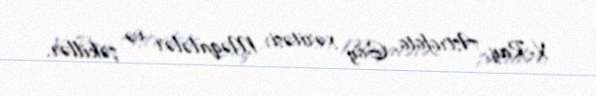
X-Ray, Astrofoto, Göy xəritəsi, Məqalələr və şəkillər.